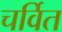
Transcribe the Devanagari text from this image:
चर्वित